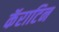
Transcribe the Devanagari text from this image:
कॅराटिन